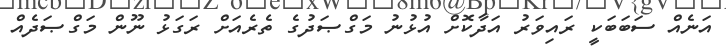
އަނެއް ސަބަބަކީ ރައިވަރު އަދާކޮށް އުޅުނު މަގްޞަދުގެ ތެރެއަށް ރަގަޅު ނޫން މަގްޞަދެއް